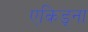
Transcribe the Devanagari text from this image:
एकिड्ना